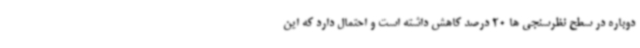
دوباره در سطح نظرسنجی ها 20 درصد کاهش داشته است و احتمال دارد که این